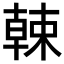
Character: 𣙈